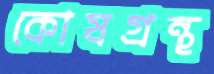
কোষগ্রন্থ